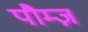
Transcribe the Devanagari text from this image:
पौम्ज़